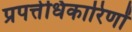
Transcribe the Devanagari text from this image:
प्रपत्तेधिकारिणों